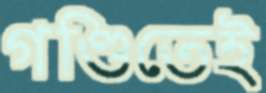
গণ্ডিতেই